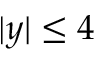
| y | \leq 4